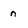
Character: n